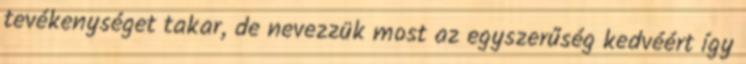
tevékenységet takar, de nevezzük most az egyszerűség kedvéért így